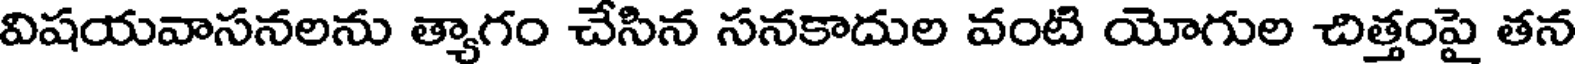
విషయవాసనలను త్యాగం చేసిన సనకాదుల వంటి యోగుల చిత్తంపై తన